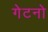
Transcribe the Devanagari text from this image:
गेटनो